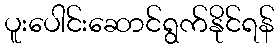
ပူးပေါင်းဆောင်ရွက်နိုင်ရန်